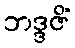
ဘဒ္ဒဇိံ